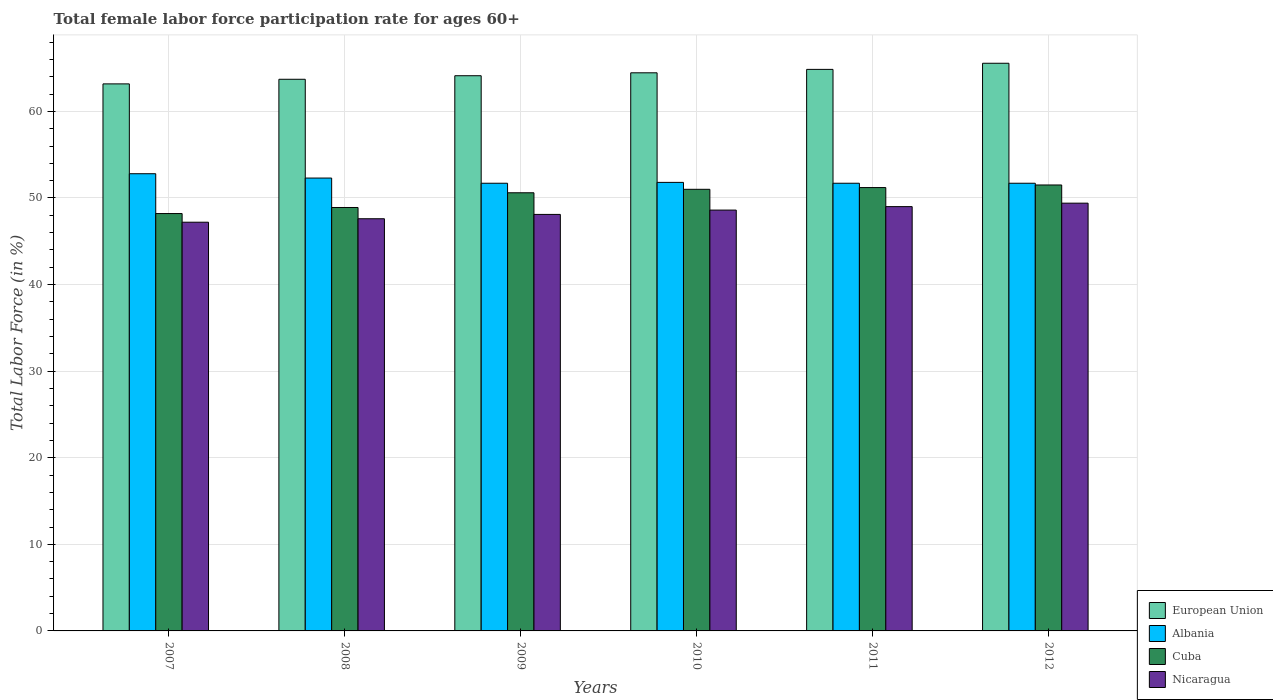
| Years | European Union | Albania | Cuba | Nicaragua |
 | --- | --- | --- | --- | --- |
 | 2007 | 63.2 | 52.8 | 48.2 | 47.2 |
 | 2008 | 63.7 | 52.3 | 48.9 | 47.6 |
 | 2009 | 64.1 | 51.7 | 50.6 | 48.1 |
 | 2010 | 64.5 | 51.8 | 51 | 48.6 |
 | 2011 | 64.8 | 51.7 | 51.2 | 49 |
 | 2012 | 65.6 | 51.7 | 51.5 | 49.4 |